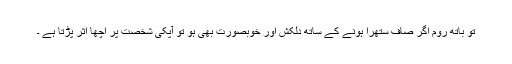
تو باتھ روم اگر صاف سُتھرا ہونے کے ساتھ دلکش اور خوبصورت بھی ہو تو آپکی شخصت پر اچھا اثر پڑتا ہے ۔